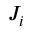
J _ { i }